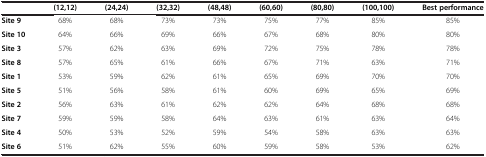
<table><thead><tr><td><b> </b></td><td><b>(12,12)</b></td><td><b>(24,24)</b></td><td><b>(32,32)</b></td><td><b>(48,48)</b></td><td><b>(60,60)</b></td><td><b>(80,80)</b></td><td><b>(100,100)</b></td><td><b>Best performance</b></td></tr></thead><tbody><tr><td><b>Site 9</b></td><td>68%</td><td>68%</td><td>73%</td><td>73%</td><td>75%</td><td>77%</td><td>85%</td><td>85%</td></tr><tr><td><b>Site 10</b></td><td>64%</td><td>66%</td><td>69%</td><td>66%</td><td>67%</td><td>68%</td><td>80%</td><td>80%</td></tr><tr><td><b>Site 3</b></td><td>57%</td><td>62%</td><td>63%</td><td>69%</td><td>72%</td><td>75%</td><td>78%</td><td>78%</td></tr><tr><td><b>Site 8</b></td><td>57%</td><td>65%</td><td>61%</td><td>66%</td><td>67%</td><td>71%</td><td>63%</td><td>71%</td></tr><tr><td><b>Site 1</b></td><td>53%</td><td>59%</td><td>62%</td><td>61%</td><td>65%</td><td>69%</td><td>70%</td><td>70%</td></tr><tr><td><b>Site 5</b></td><td>51%</td><td>56%</td><td>58%</td><td>61%</td><td>60%</td><td>69%</td><td>65%</td><td>69%</td></tr><tr><td><b>Site 2</b></td><td>56%</td><td>63%</td><td>61%</td><td>62%</td><td>62%</td><td>64%</td><td>68%</td><td>68%</td></tr><tr><td><b>Site 7</b></td><td>59%</td><td>59%</td><td>58%</td><td>64%</td><td>63%</td><td>61%</td><td>63%</td><td>64%</td></tr><tr><td><b>Site 4</b></td><td>50%</td><td>53%</td><td>52%</td><td>59%</td><td>54%</td><td>58%</td><td>63%</td><td>63%</td></tr><tr><td><b>Site 6</b></td><td>51%</td><td>62%</td><td>55%</td><td>60%</td><td>59%</td><td>58%</td><td>53%</td><td>62%</td></tr></tbody></table>